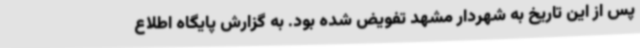
پس از این تاریخ به شهردار مشهد تفویض شده بود. به گزارش پایگاه اطلاع